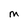
Character: M